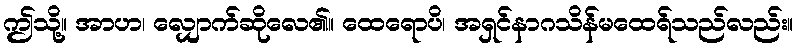
ဤသို့။ အာဟ၊ လျှောက်ဆိုလေ၏။ ထေရောပိ၊ အရှင်နာဂသိန်မထေရ်သည်လည်း။